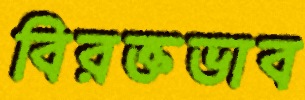
বিরক্তভাব